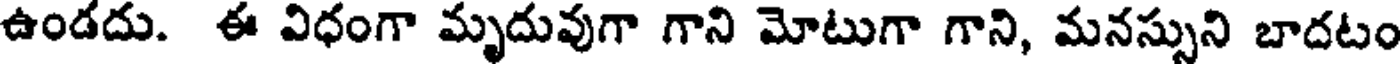
ఉండదు. ఈ విధంగా మృదువుగా గాని మోటుగా గాని, మనస్సుని బాదటం